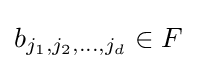
b_{j_{1},j_{2},\ldots ,j_{d}}\in F